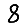
Digit: 8